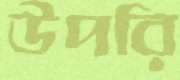
উপরি